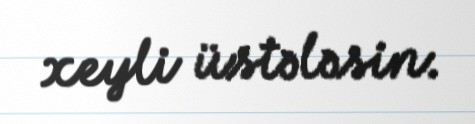
xeyli üstələsin.